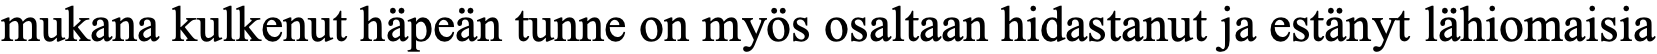
mukana kulkenut häpeän tunne on myös osaltaan hidastanut ja estänyt lähiomaisia